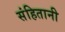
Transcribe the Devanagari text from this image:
संहितानी